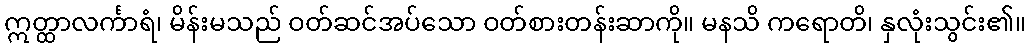
ဣတ္ထာလင်္ကာရံ၊ မိန်းမသည် ဝတ်ဆင်အပ်သော ဝတ်စားတန်းဆာကို။ မနသိ ကရောတိ၊ နှလုံးသွင်း၏။